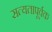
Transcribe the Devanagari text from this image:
सत्यतापूर्वक